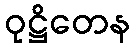
ဝုဋ္ဌိတေန